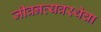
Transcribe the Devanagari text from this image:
जीवनव्यवस्थेचा